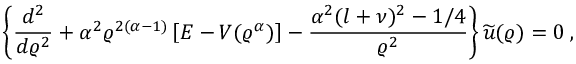
\left\{ \frac { d ^ { 2 } } { d \varrho ^ { 2 } } + \alpha ^ { 2 } \varrho ^ { 2 ( \alpha - 1 ) } \left[ E - V ( \varrho ^ { \alpha } ) \right] - \frac { \alpha ^ { 2 } ( l + \nu ) ^ { 2 } - 1 / 4 } { \varrho ^ { 2 } } \right\} \widetilde { u } ( \varrho ) = 0 \; ,